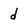
Character: d